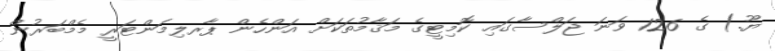
ޔޫ.) ގެ 126 ވަނަ ޖަލްސާގައި ކޮމިޓީގެ މަޤާމުތަކަށް އަންހެން ޕާރލިމަންޓަރީ މެމްބަރުން